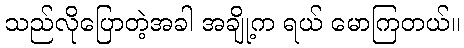
သည်လိုပြောတဲ့အခါ အချို့က ရယ် မောကြတယ်။